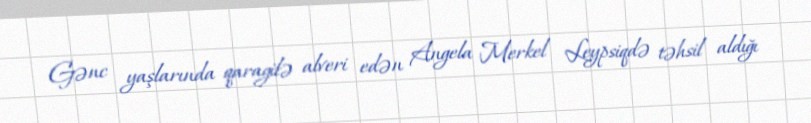
Gənc yaşlarında qaragilə alveri edən Angela Merkel Leypsiqdə təhsil aldığı